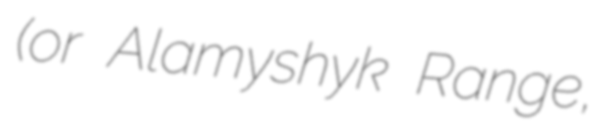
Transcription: (or Alamyshyk Range,